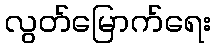
လွတ်မြောက်ရေး